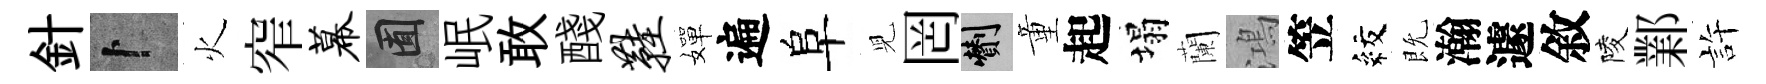
針卜火窄幕囿岷敢醆鞋嬋遍阜児罔剪童起塌蘭鴻笠紋既瀚遽敘陵鄴許